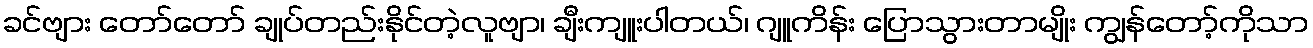
ခင်ဗျား တော်တော် ချုပ်တည်းနိုင်တဲ့လူဗျာ၊ ချီးကျူးပါတယ်၊ ဂျူကိန်း ပြောသွားတာမျိုး ကျွန်တော့်ကိုသာ